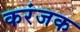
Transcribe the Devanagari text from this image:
करंजक